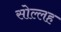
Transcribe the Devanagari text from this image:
सोल्लह